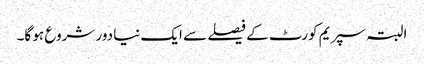
البتہ سپریم کورٹ کے فیصلے سے ایک نیا دور شروع ہو گا۔